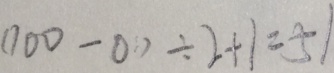
( 1 0 0 - 0 ) \div 2 + 1 = 5 1